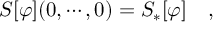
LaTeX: S [ \varphi ] ( 0 , \cdots , 0 ) = S _ { * } [ \varphi ] \quad ,